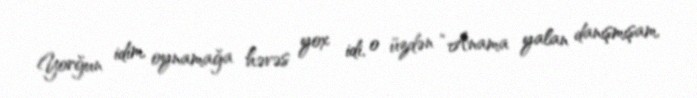
Yorğun idim, oynamağa həvəs yox idi, o üzdən “Anama yalan danışmışam,